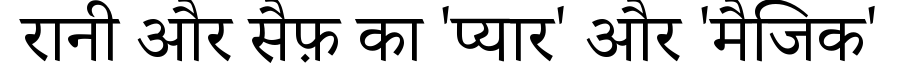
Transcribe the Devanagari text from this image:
रानी और सैफ़ का 'प्यार' और 'मैजिक'